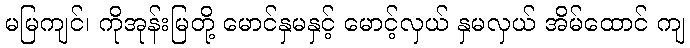
မမြကျင်၊ ကိုအုန်းမြတို့ မောင်နှမနှင့် မောင့်လှယ် နှမလှယ် အိမ်ထောင် ကျ